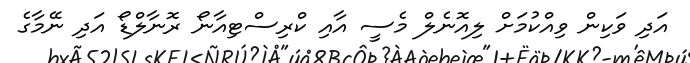
އަދި ވަކިން ވިއްކުމަށް ލިއޮނެލް މެސީ އާއި ކްރިސްޓިއާނޯ ރޮނާލްޑޯ އަދި ނޭމާގެ